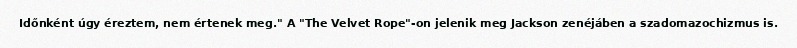
Időnként úgy éreztem, nem értenek meg." A "The Velvet Rope"-on jelenik meg Jackson zenéjáben a szadomazochizmus is.